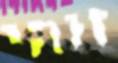
זוהי